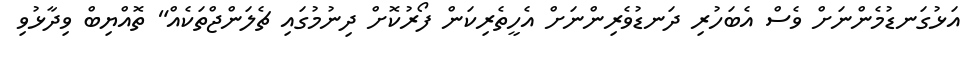
އަޅުގަނޑުމެންނަށް ވެސް އެބަހުރި ދަނޑުވެރިންނަށް އެހީތެރިކަން ފޯރުކޮށް ދިނުމުގައި ޗެލަންޖްތަކެއް" ތޮއްޔިބް ވިދާޅުވި